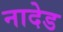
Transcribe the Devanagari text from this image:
नादेड